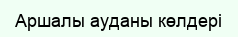
Аршалы ауданы көлдері